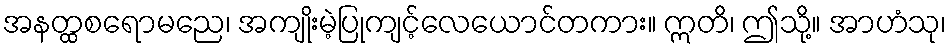
အနတ္ထစရောမညေ၊ အကျိုးမဲ့ပြုကျင့်လေယောင်တကား။ ဣတိ၊ ဤသို့။ အာဟံသု၊